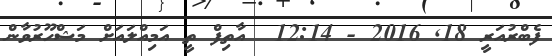
ފެބްރުއަރީ 18